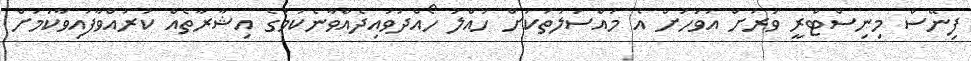
ފިނޭސް މިނިސްޓްރީ ވަރަށް އަވަހަށް އެ މައްސަލަތަކަށް ހައްލު ހޯއްދަވައިދެއްވާނެކަމުގެ އިޝާރާތެއް ކުރައްވާފައިވާކަމަށް